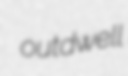
outdwell